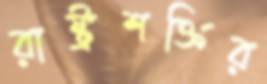
রাষ্ট্রশক্তির